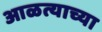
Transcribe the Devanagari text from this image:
आळत्याच्या